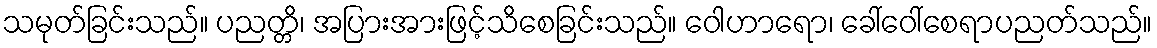
သမုတ်ခြင်းသည်။ ပညတ္တိ၊ အပြားအားဖြင့်သိစေခြင်းသည်။ ဝေါဟာရော၊ ခေါ်ဝေါ်စေရာပညတ်သည်။